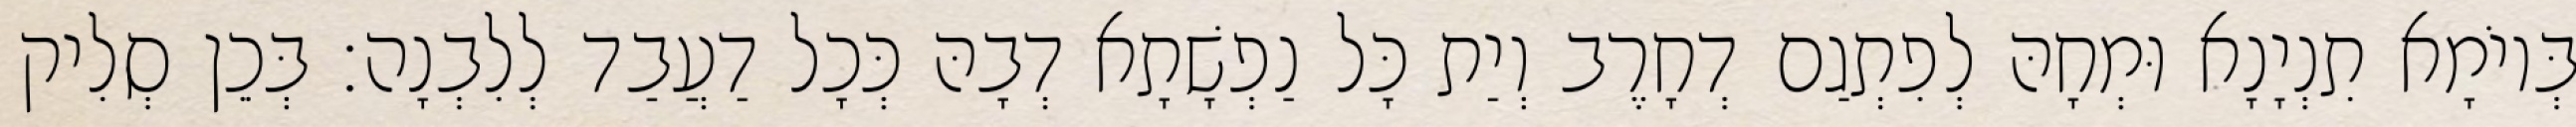
בְּיוֹמָא תִנְיָנָא וּמְחָהּ לְפִתְגַם דְחָרֶב וְיַת כָּל נַפְשָׁתָא דְבָהּ כְּכָל דַעֲבַד לְלִבְנָה׃ בְּכֵן סְלִיק